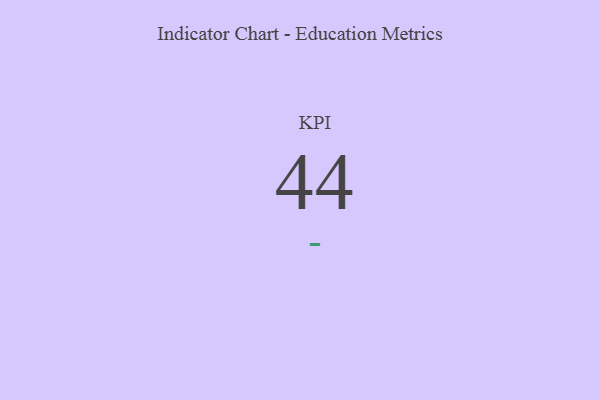
{"axis": {"x": "KPI", "y": "Value"}, "legend": [""], "data": [{"x": "KPI", "y": 44, "type": ""}]}